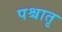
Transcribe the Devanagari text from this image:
पश्चातृ